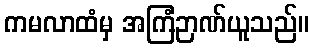
ကမလာထံမှ အကြံဉာဏ်ယူသည်။